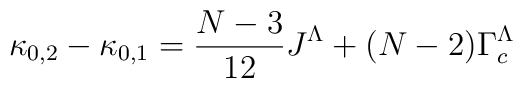
\kappa_{0,2} - \kappa_{0,1}  =  \frac{N-3}{12}J^{\Lambda}+(N-2)\Gamma^{\Lambda}_{c}